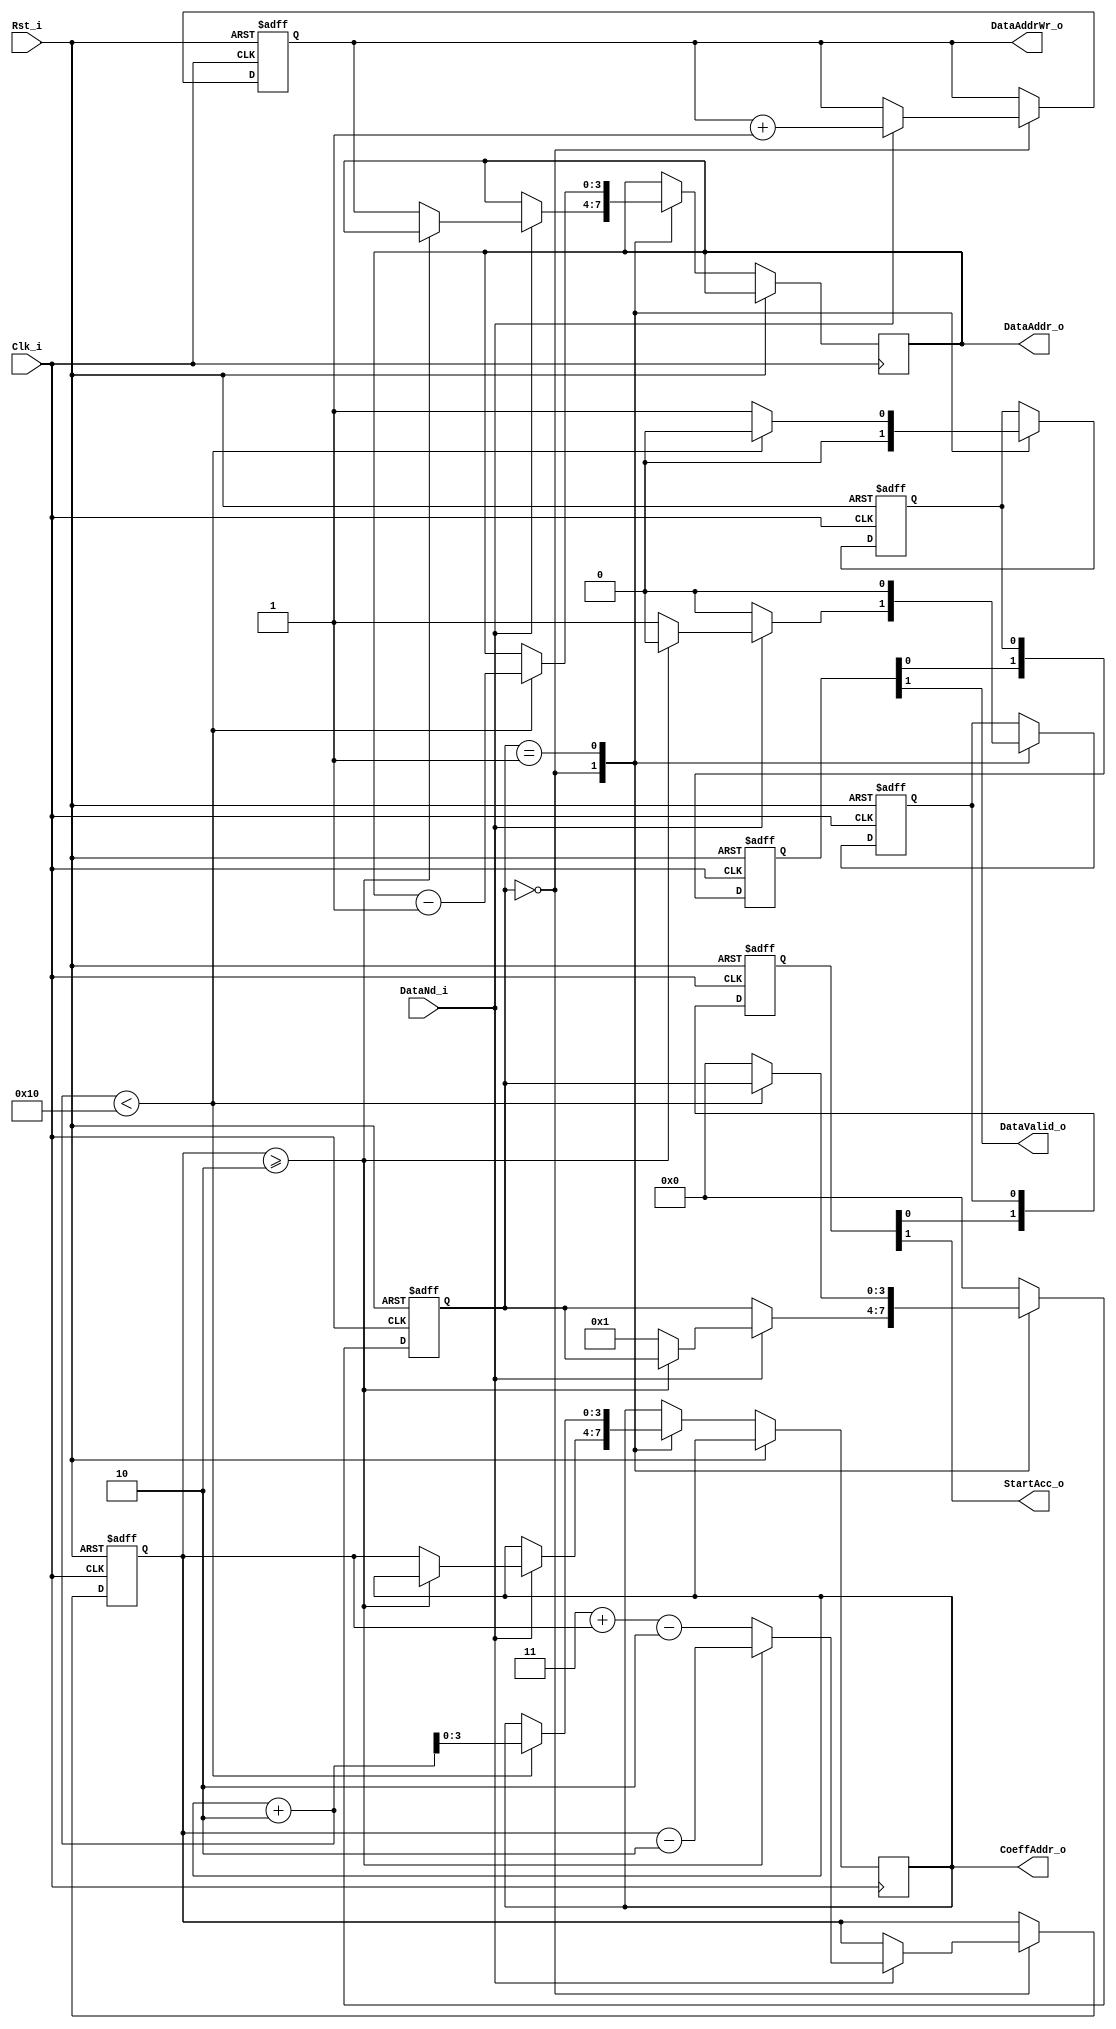
module ctrlBlock # (
	parameter FilterLength = 16,
	parameter InterpolationK = 2,
	parameter DecimationK = 3
)
(
	input Rst_i,
	input Clk_i,
	
	input DataNd_i,
	
	output [3:0] DataAddrWr_o,
	output [3:0] DataAddr_o,
	output [3:0] CoeffAddr_o,
	output StartAcc_o,
	
	output DataValid_o
);

	reg [3:0] firstCoeffOffsetAccum;
	reg [3:0] addrWr;
	reg [3:0] dataAddr;
	reg [3:0] coeffAddr;
	reg rdy;
	reg startAcc;
			
	parameter Idle = 0;
	parameter Work = 1;
	reg [3:0] state;
	always @ (posedge Rst_i or posedge Clk_i)
		if (Rst_i)
			begin
				state <= Idle;
				addrWr <= 0;
				rdy <= 0;
				startAcc <= 0;
				firstCoeffOffsetAccum <= DecimationK;
			end
		else
			case (state)
				Idle : begin
							rdy <= 0;
							startAcc <= 0;
							if (DataNd_i)
								begin
									addrWr <= addrWr + 1;
									if (firstCoeffOffsetAccum >= InterpolationK)
										firstCoeffOffsetAccum <= firstCoeffOffsetAccum - InterpolationK;
									else
										begin
											dataAddr <= addrWr;
											coeffAddr <= firstCoeffOffsetAccum;
											firstCoeffOffsetAccum <= DecimationK + firstCoeffOffsetAccum - InterpolationK;
											startAcc <= 1;
											state <= Work;
										end									
								end
						end
				Work : begin
							startAcc <= 0;
							rdy <= 0;
							if (coeffAddr + InterpolationK < FilterLength)
								begin
									dataAddr <= dataAddr - 1;
									coeffAddr <= coeffAddr + InterpolationK;
								end
							else
								begin
									state <= Idle;
									rdy <= 1;
								end
						end
				default : state <= Idle;
			endcase 
			
	reg [2:0] rdyShReg;
	always @ (posedge Rst_i or posedge Clk_i)
		if (Rst_i)
			rdyShReg <= 0;
		else
			rdyShReg <= {rdyShReg[1:0], rdy};
			
	reg [2:0] startAccShReg;
	always @ (posedge Rst_i or posedge Clk_i)
		if (Rst_i)
			startAccShReg <= 0;
		else
			startAccShReg <= {startAccShReg[1:0], startAcc};
			
	assign DataAddrWr_o = addrWr;
	assign DataAddr_o = dataAddr;
	assign CoeffAddr_o = coeffAddr;
	assign StartAcc_o = startAccShReg[1];
			
	assign DataValid_o = rdyShReg[1];

endmodule